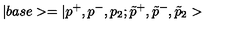
| b a s e > = | p ^ { + } , p ^ { - } , p _ { 2 } ; \tilde { p } ^ { + } , \tilde { p } ^ { - } , \tilde { p } _ { 2 } >